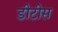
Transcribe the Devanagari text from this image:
डीटीस